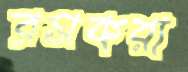
রসকরা